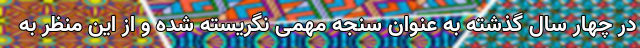
در چهار سال گذشته به عنوان سنجه مهمی نگریسته شده و از این منظر به